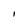
Character: I